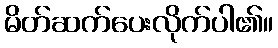
မိတ်ဆက်ပေးလိုက်ပါ၏။